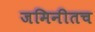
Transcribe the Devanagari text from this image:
जमिनीतच